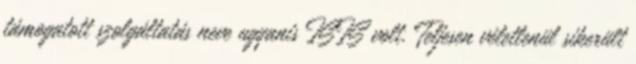
támogatott szolgáltatás neve ugyanis ISIS volt. Teljesen véletlenül sikerült